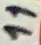
Text: 11